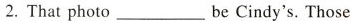
2.That photo ___ be Cindy's. Those